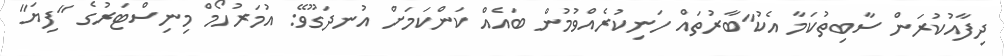
ދިފާއުކުރަން ސާބިތުކަމާ އެކު"ބާރުތައް ހަނިކުރެއްވުމުން ބައެއް ކަންކަމަށް އުނދަގޫވޭ: އުމަރުހޯމް މިނިސްޓަރުގެ "ފިޔަ"